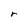
Character: r